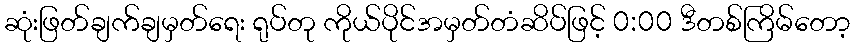
ဆုံးဖြတ်ချက်ချမှတ်ရေး ရုပ်တု ကိုယ်ပိုင်အမှတ်တံဆိပ်ဖြင့် 0:00 ဒီတစ်ကြိမ်တော့